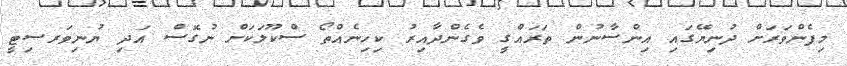
މިފެންވަރަށް ދުނިޔޭގައި އިންސާނުން ތަރައްގީ ވެގެންދާއިރު ކިހިނެއްތޯ ސްކޫލަކަށް ނުގޮސް އަދި ޔުނިވަރސިޓީ